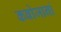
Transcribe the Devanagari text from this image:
कबोजानां